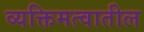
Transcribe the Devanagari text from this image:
व्यक्तिमत्वातील